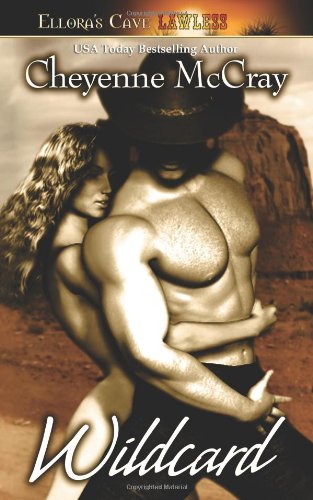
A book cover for Wild: Wildcard (Book 3); Cheyenne McCray; Romance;